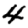
Digit: 4